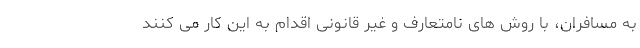
به مسافران، با روش های نامتعارف و غیر قانونی اقدام به این کار می کنند